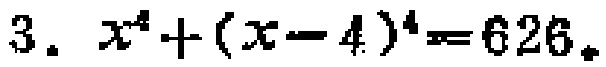
\(3.\ x^{4}+(x - 4)^{4}=626\)